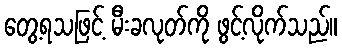
တွေ့ရသဖြင့် မီးခလုတ်ကို ဖွင့်လိုက်သည်။